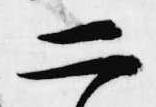
二